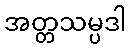
အတ္တသမ္ပဒါ